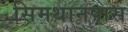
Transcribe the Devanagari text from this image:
सिमथानपास